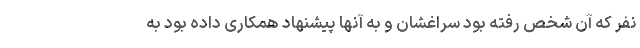
نفر که آن شخص رفته بود سراغشان و به آنها پیشنهاد همکاری داده بود به